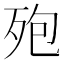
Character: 𪵀